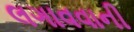
લગાવવાની